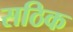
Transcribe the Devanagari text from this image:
सठिक